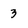
Character: 3